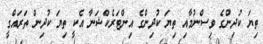
ތިޔަ ކުދިންގެ ވިސްނުމާއި ތިޔަ ކުދިންގެ އިންޓަރެކްޝަނާ އެކީ ތިޔަ ކުދިން ތަރައްގީ